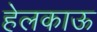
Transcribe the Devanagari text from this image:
हेलकाऊ